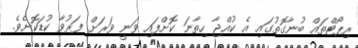
ރިޕޯޓްތައް ބުނާގޮތުގައި އެ ކުއްޖާ ހިތާނަ ކޮށްފައި ވަނީ ވަރަށް ފަރުވާ ކުޑަކޮށެވެ.